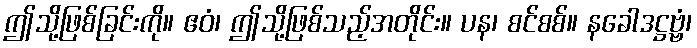
ဤသို့ဖြစ်ခြင်းကို။ ဧဝံ၊ ဤသို့ဖြစ်သည့်အတိုင်း။ ပန၊ စင်စစ်။ နခေါဒဋ္ဌဗ္ဗံ၊